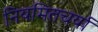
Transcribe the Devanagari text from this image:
नियमितचर्या